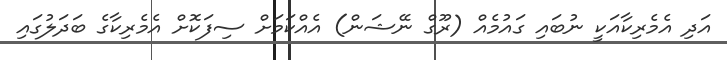
އަދި އެމެރިކާއަކީ ނުބައި ގައުމެއް (ރޫގް ނޭޝަން) އެއްކަމަށް ސިފަކޮށް އެމެރިކާގެ ބަދަލުގައި